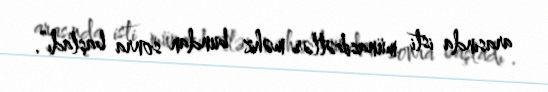
arasında isti münasibətlər məhz bundan sonra başladı”.